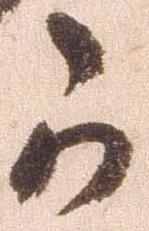
可